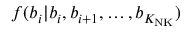
f ( b _ { i } \vert b _ { i } , b _ { i + 1 } , \dots , b _ { K _ { \mathrm { N K } } } )